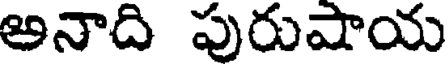
అనాది పురుషాయ